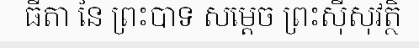
ធីតា នៃ ព្រះបាទ សម្តេច ព្រះស៊ីសុវត្ថិ